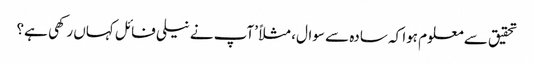
تحقیق سے معلوم ہوا کہ سادہ سے سوال، مثلاً ’آپ نے نیلی فائل کہاں رکھی ہے؟